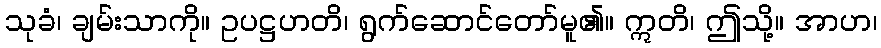
သုခံ၊ ချမ်းသာကို။ ဥပဋ္ဌဟတိ၊ ရွက်ဆောင်တော်မူ၏။ ဣတိ၊ ဤသို့။ အာဟ၊